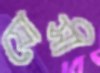
যোসী